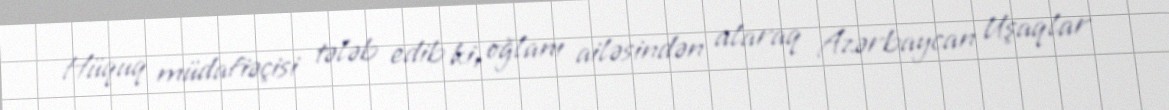
Hüquq müdafiəçisi tələb edib ki, oğlanı ailəsindən alaraq Azərbaycan Uşaqlar